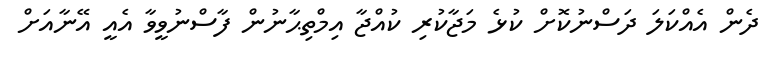
ދެން އެއްކަލަ ދަސްނުކޮށް ކުޅެ މަޖާކުރި ކުއްޖާ އިމްތިޙާނުން ފާސްނުވީވާ އެއީ އޭނާއަށް